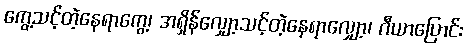
ကွေ့သင့်တဲ့နေရာကွေ့၊ အရှိန်လျှော့သင့်တဲ့နေရာလျှော့၊ ဂီယာပြောင်း